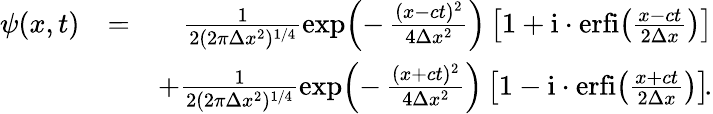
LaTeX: \begin{array}{rlr}{\psi(x,t)}&{=}&{\frac{1}{2(2\pi\Delta x^{2})^{1/4}}\exp\! \left(-\, \frac{(x-ct)^{2}}{4\Delta x^{2}}\right)\left[1+\mathrm{i}\cdot\mathrm{erfi}\! \left(\frac{x-ct}{2\Delta x}\right)\right]}\\ &{}&{+\frac{1}{2(2\pi\Delta x^{2})^{1/4}}\exp\! \left(-\, \frac{(x+ct)^{2}}{4\Delta x^{2}}\right)\left[1-\mathrm{i}\cdot\mathrm{erfi}\! \left(\frac{x+ct}{2\Delta x}\right)\right]\! .}\end{array}